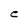
Character: C